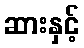
ဆားနှင့်